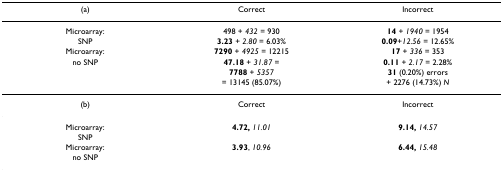
<table><thead><tr><td><b>(a)</b></td><td><b>Correct</b></td><td><b>Incorrect</b></td></tr></thead><tbody><tr><td>Microarray:</td><td>498 + <i>432 </i>= 930</td><td><b>14 </b>+ <i>1940 </i>= 1954</td></tr><tr><td>SNP</td><td><b>3.23 </b>+ <i>2.80 </i>= 6.03%</td><td><b>0.09</b>+<i>12.56 </i>= 12.65%</td></tr><tr><td>Microarray:</td><td><b>7290 </b>+ <i>4925 </i>= 12215</td><td><b>17 </b>+ <i>336 </i>= 353</td></tr><tr><td>no SNP</td><td><b>47.18 </b>+ <i>31.87 </i>=</td><td><b>0.11 </b>+ <i>2.17 </i>= 2.28%</td></tr><tr><td></td><td><b>7788 </b>+ <i>5357</i></td><td><b>31 </b>(0.20%) errors</td></tr><tr><td></td><td>= 13145 (85.07%)</td><td>+ 2276 (14.73%) <i>N</i></td></tr><tr><td>(b)</td><td>Correct</td><td>Incorrect</td></tr><tr><td>Microarray:</td><td><b>4.72, </b><i>11.01</i></td><td><b>9.14, </b><i>14.57</i></td></tr><tr><td>SNP</td><td></td><td></td></tr><tr><td>Microarray:</td><td><b>3.93</b>, <i>10.96</i></td><td><b>6.44, </b><i>15.48</i></td></tr><tr><td>no SNP</td><td></td><td></td></tr></tbody></table>